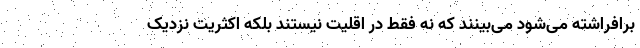
برافراشته می‌شود می‌بینند که نه فقط در اقلیت نیستند بلکه اکثریت نزدیک